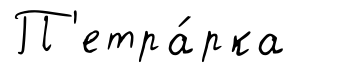
П'етра́рка